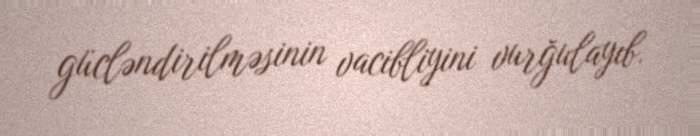
gücləndirilməsinin vacibliyini vurğulayıb.